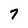
Character: 7